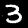
Label: 3